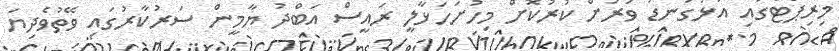
މިރިޕޯޓްގައި އަޅުގަނޑު ވަރަށް ކުރުކޮށް މިހުށަހަޅާލީ ރައީސް އަބްދު ޔާމީން ސަރުކާރުގައި ވޭތުވެދިޔަ